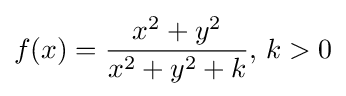
f(x)={\frac {x^{2}+y^{2}}{x^{2}+y^{2}+k}},\,k>0